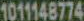
1011148774